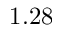
1 . 2 8